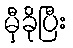
မှီခိုပြီး